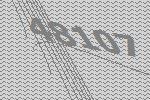
48107